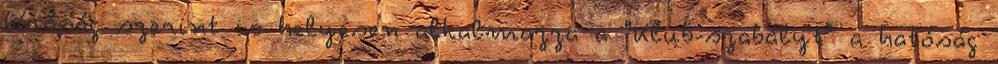
bíróság szerint is helyesen alkalmazza a "Klub-szabályt" a hatóság